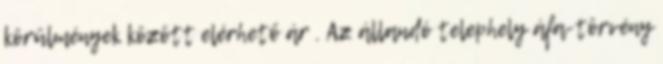
körülmények között elérhető ár . Az állandó telephely áfa-törvény